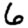
Digit: 6